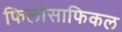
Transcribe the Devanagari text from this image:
फिलोसाफिकल